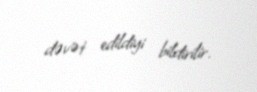
dəvət edildiyi bildirilir.